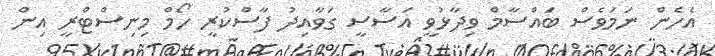
އެހެން ނަމަވެސް ބައްސާމް ވިދާޅުވީ އަސާސީ ގަވާއިދު ފާސްކުރީ ހޯމް މިނިސްޓްރީ އިން